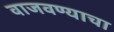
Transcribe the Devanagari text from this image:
वाजवण्याचा